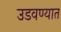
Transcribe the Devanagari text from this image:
उडवण्यात